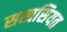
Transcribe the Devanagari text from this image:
सखसियत